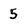
Character: 5